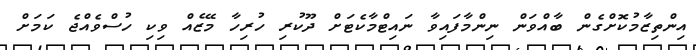
އިންތިޒާމުކޮށްގެން ބާއްވަން ނިންމާފައިވާ ނައިޓްމާކެޓަށް ދޫކުރި ހުރިހާ މޭޒެއް ވިކި ހުސްވެއްޖެ ކަމަށް